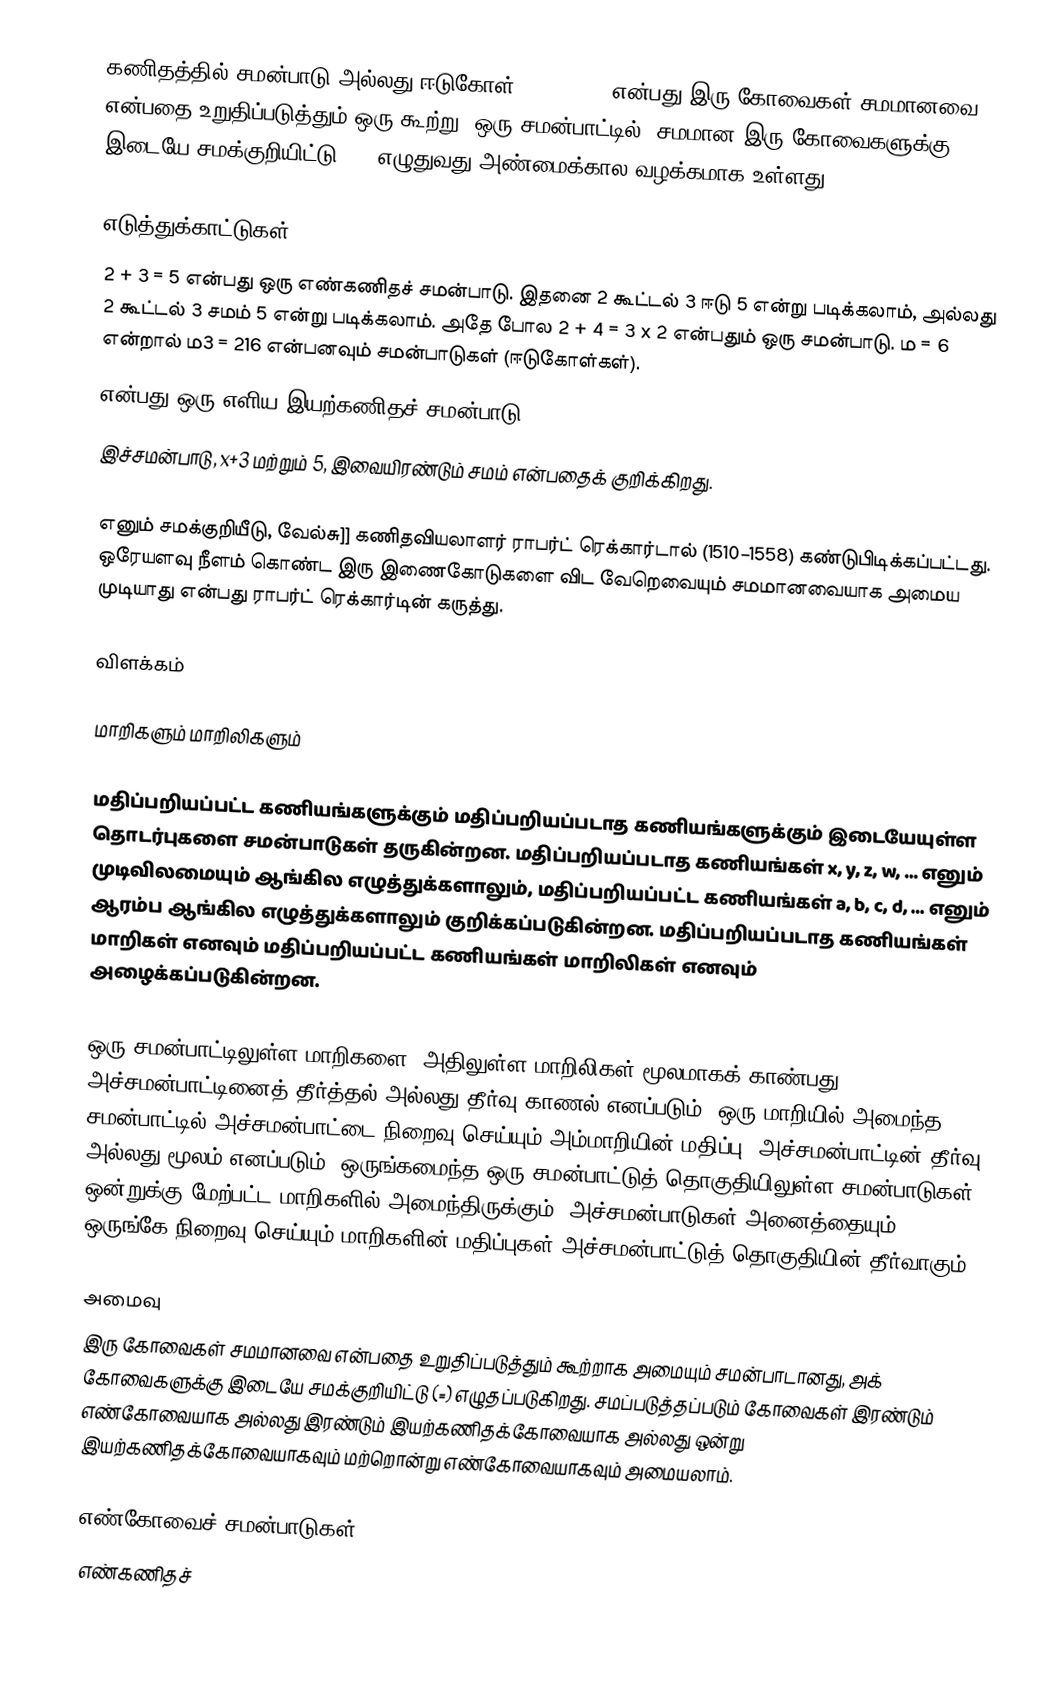
கணிதத்தில் சமன்பாடு அல்லது ஈடுகோள் (equation) என்பது இரு கோவைகள் சமமானவை என்பதை உறுதிப்படுத்தும் ஒரு கூற்று.  ஒரு சமன்பாட்டில், சமமான இரு கோவைகளுக்கு இடையே சமக்குறியிட்டு (=) எழுதுவது அண்மைக்கால வழக்கமாக உள்ளது.

எடுத்துக்காட்டுகள்:
 2 + 3 = 5 என்பது ஒரு எண்கணிதச் சமன்பாடு. இதனை 2 கூட்டல் 3 ஈடு 5 என்று படிக்கலாம், அல்லது 2 கூட்டல் 3 சமம் 5 என்று படிக்கலாம். அதே போல 2 + 4 = 3 x 2 என்பதும் ஒரு சமன்பாடு. ம = 6 என்றால் ம3 = 216 என்பனவும் சமன்பாடுகள் (ஈடுகோள்கள்).
 என்பது ஒரு எளிய இயற்கணிதச் சமன்பாடு.
இச்சமன்பாடு, x+3 மற்றும் 5, இவையிரண்டும் சமம் என்பதைக் குறிக்கிறது.

 எனும் சமக்குறியீடு, வேல்சு]] கணிதவியலாளர் ராபர்ட் ரெக்கார்டால் (1510–1558) கண்டுபிடிக்கப்பட்டது. ஒரேயளவு நீளம் கொண்ட இரு இணைகோடுகளை விட வேறெவையும் சமமானவையாக அமைய முடியாது என்பது ராபர்ட் ரெக்கார்டின் கருத்து.

விளக்கம்

மாறிகளும் மாறிலிகளும்

மதிப்பறியப்பட்ட கணியங்களுக்கும் மதிப்பறியப்படாத கணியங்களுக்கும் இடையேயுள்ள தொடர்புகளை சமன்பாடுகள் தருகின்றன. மதிப்பறியப்படாத  கணியங்கள் x, y, z, w, … எனும் முடிவிலமையும் ஆங்கில எழுத்துக்களாலும், மதிப்பறியப்பட்ட கணியங்கள் a, b, c, d, … எனும் ஆரம்ப ஆங்கில எழுத்துக்களாலும் குறிக்கப்படுகின்றன. மதிப்பறியப்படாத கணியங்கள் மாறிகள் எனவும் மதிப்பறியப்பட்ட கணியங்கள் மாறிலிகள் எனவும் அழைக்கப்படுகின்றன.

ஒரு சமன்பாட்டிலுள்ள மாறிகளை, அதிலுள்ள மாறிலிகள் மூலமாகக் காண்பது அச்சமன்பாட்டினைத் தீர்த்தல் அல்லது தீர்வு காணல் எனப்படும். ஒரு மாறியில் அமைந்த சமன்பாட்டில் அச்சமன்பாட்டை நிறைவு செய்யும் அம்மாறியின் மதிப்பு, அச்சமன்பாட்டின் தீர்வு அல்லது மூலம் எனப்படும். ஒருங்கமைந்த ஒரு சமன்பாட்டுத் தொகுதியிலுள்ள சமன்பாடுகள் ஒன்றுக்கு மேற்பட்ட மாறிகளில் அமைந்திருக்கும். அச்சமன்பாடுகள் அனைத்தையும் ஒருங்கே நிறைவு செய்யும் மாறிகளின் மதிப்புகள் அச்சமன்பாட்டுத் தொகுதியின் தீர்வாகும்.

அமைவு
இரு கோவைகள் சமமானவை என்பதை உறுதிப்படுத்தும் கூற்றாக அமையும் சமன்பாடானது, அக் கோவைகளுக்கு இடையே சமக்குறியிட்டு (=) எழுதப்படுகிறது. சமப்படுத்தப்படும் கோவைகள் இரண்டும் எண்கோவையாக அல்லது இரண்டும் இயற்கணிதக்கோவையாக அல்லது ஒன்று இயற்கணிதக்கோவையாகவும் மற்றொன்று எண்கோவையாகவும் அமையலாம்.

எண்கோவைச் சமன்பாடுகள்
எண்கணிதச்